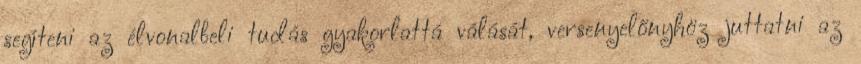
segíteni az élvonalbeli tudás gyakorlattá válását, versenyelőnyhöz juttatni az